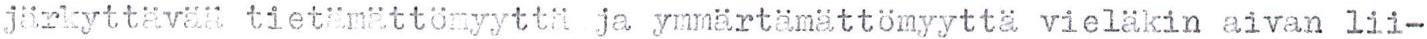
järkyttävää tietämättömyyttä ja ymmärtämättömyyttä vieläkin aivan lii-